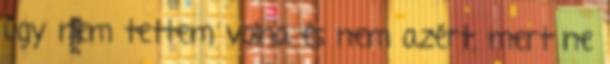
úgy nem tettem volna és nem azért, mert ne